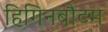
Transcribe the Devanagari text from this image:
हिगिनबौटम